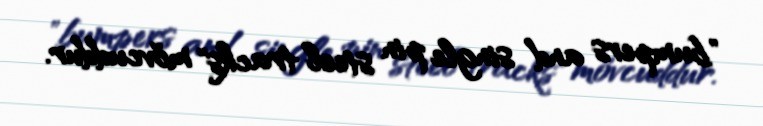
"bumpers and single pin steel tracks" mövcuddur.